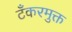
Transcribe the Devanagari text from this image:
टँकरमुक्त